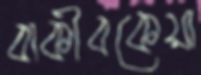
বাকীবকেয়া